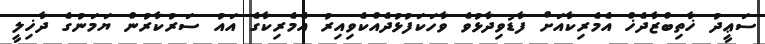
ސަޢީދު ޚާތިބްޒާދެޚް އެމެރިކާއަށް ފާޑުވިދާޅުވެ ވާހަކަފުޅުދެއްކެވިއިރު އެމެރިކާގެ އައު ސަރުކާރުން ޔަމަނުގެ ދާޚިލީ